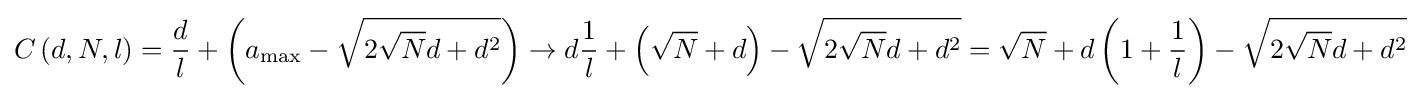
C\left(d,N,l\right)={\frac {d}{l}}+\left(a_{\mathrm {max} }-{\sqrt {2{\sqrt {N}}d+d^{2}}}\right)\to d{\frac {1}{l}}+\left({\sqrt {N}}+d\right)-{\sqrt {2{\sqrt {N}}d+d^{2}}}={\sqrt {N}}+d\left(1+{\frac {1}{l}}\right)-{\sqrt {2{\sqrt {N}}d+d^{2}}}